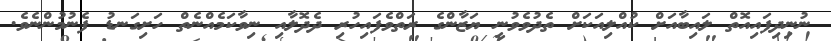
ނުނިދިފައިއޮތް ލައިބާއަށް ކުއްލިއަކަށް ތެދުވެވުނީ ޔަޒާންގެ ރަތްވެފައިހުރި ދެދޮލާއި ނިވާކަމެއްނެތް ހަށިގަނޑު ފެނުމުންނެވެ.